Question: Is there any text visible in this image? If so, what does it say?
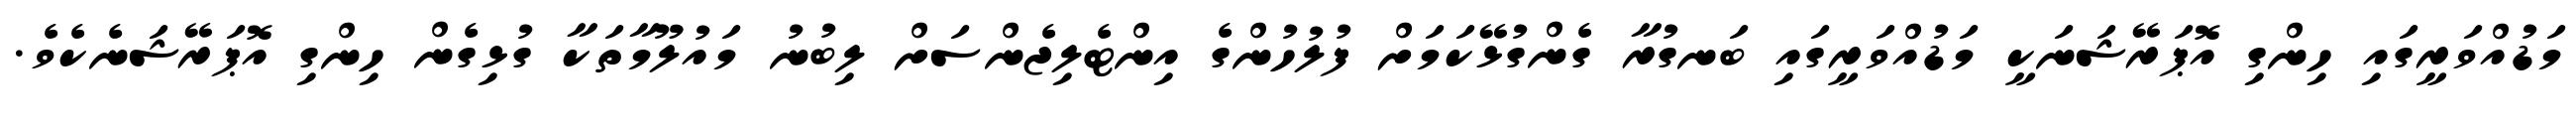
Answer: މަޑުއްވަރީގައި ހިންގި އޮޕަރޭޝަނަކީ މަޑުއްވަރީގައި ބަނގުރާ ގެންގުޅޭކަމަށް ފުލުހުންގެ އިންޓެލިޖެންސަށް ލިބުނު މައުލޫމާތަކާ ގުޅިގެން ހިންގި އޮޕަރޭޝަނެކެވެ.